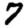
Digit: 7